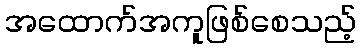
အထောက်အကူဖြစ်စေသည့်